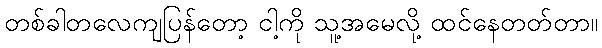
တစ်ခါတလေကျပြန်တော့ ငါ့ကို သူ့အမေလို့ ထင်နေတတ်တာ။